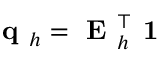
\textbf { q } _ { h } = \textbf { E } _ { h } ^ { \top } \textbf { 1 }